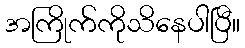
အကြိုက်ကိုသိနေပါပြီ။